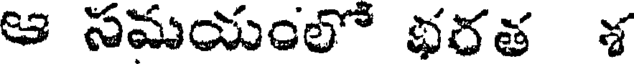
ఆ సమయంలో భరత శ